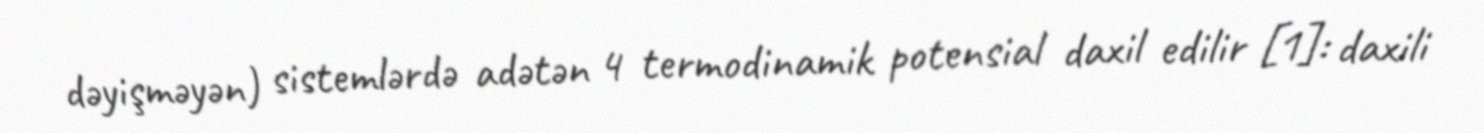
dəyişməyən) sistemlərdə adətən 4 termodinamik potensial daxil edilir [1]: daxili